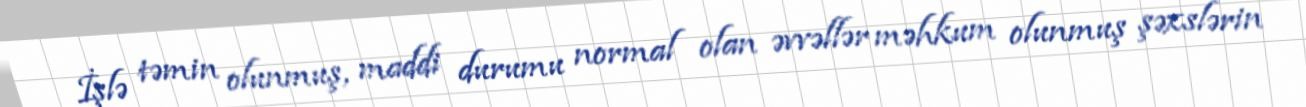
İşlə təmin olunmuş, maddi durumu normal olan əvvəllər məhkum olunmuş şəxslərin